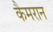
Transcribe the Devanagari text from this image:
कैमरान